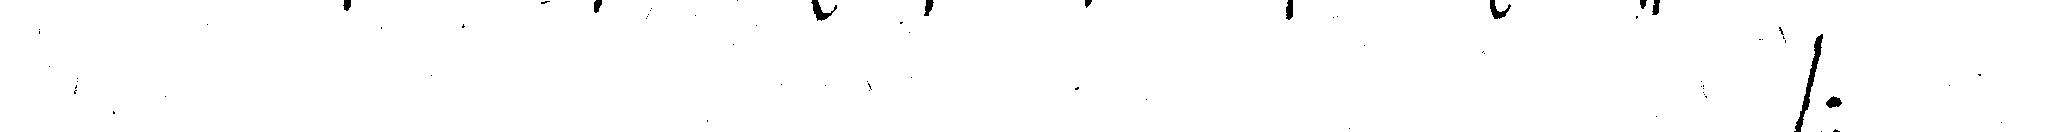
# :